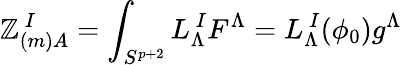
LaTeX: \mathbb{Z}_{(m)A}^{\ I}=\int_{S^{p+2}}L_{\Lambda}^{\ I}F^{\Lambda}=L_{\Lambda}^{\ I}(\phi_{0})g^{\Lambda}